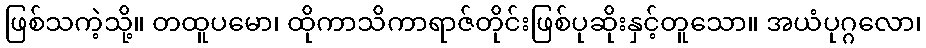
ဖြစ်သကဲ့သို့။ တထူပမော၊ ထိုကာသိကာရာဇ်တိုင်းဖြစ်ပုဆိုးနှင့်တူသော။ အယံပုဂ္ဂလော၊